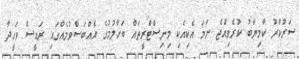
ސަރުކާރު ކާމިޔާބު ކުރެވިއްޖެ ނަމަ އެކިއެކި މިނިސްޓްރީތައް ބަހާލުމުގެ އެއްބަސްވުމެއްގައި ރައީސް ވަހީދާ